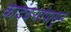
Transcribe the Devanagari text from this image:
कादंबऱ्यांपासून